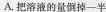
A.把溶液的量倒掉一半